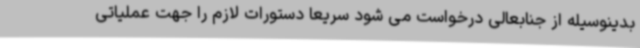
بدینوسیله از جنابعالی درخواست می شود سریعا دستورات لازم را جهت عملیاتی